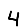
Digit: 4